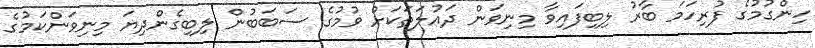
ހިންގުމުގެ ފުރިހަމަ ބާރު ލިބިފައިވާ މިނިވަން ދައުލަތަކަށް ވުމުގެ ސަބަބުން ލިބިގެންދިޔަ މިނިވަންކަމުގެ